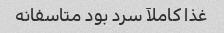
غذا کاملآ سرد بود متاسفانه